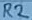
Text: R2